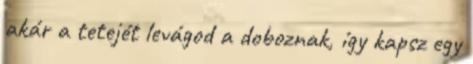
akár a tetejét levágod a doboznak, így kapsz egy